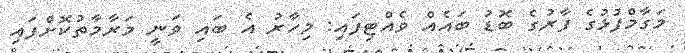
މަގާމްފުޅުގެ ފާރުގެ ބޮޑު ބައެއް ވެއްޓިފައި: މިހާރު އެ ބައި ވަނީ މަރާމާތުކޮށްފައި